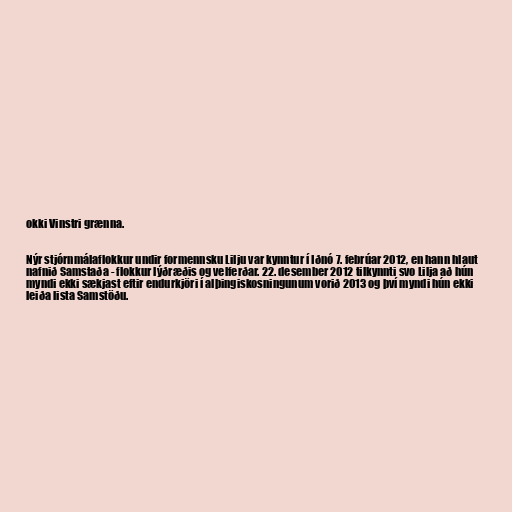
okki Vinstri grænna.

Nýr stjórnmálaflokkur undir formennsku Lilju var kynntur í Iðnó 7. febrúar 2012, en hann hlaut
nafnið Samstaða - flokkur lýðræðis og velferðar. 22. desember 2012 tilkynnti svo Lilja að hún
myndi ekki sækjast eftir endurkjöri í alþingiskosningunum vorið 2013 og því myndi hún ekki
leiða lista Samstöðu.